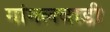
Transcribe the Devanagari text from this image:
गांगलवाडी